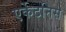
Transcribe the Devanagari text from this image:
एर्केटनिस